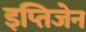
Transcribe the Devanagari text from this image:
इप्तिजेन